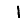
Digit: 1